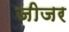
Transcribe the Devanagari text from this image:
जीजर